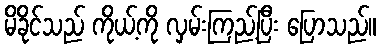
မိခိုင်သည် ကိုယ့်ကို လှမ်းကြည့်ပြီး ပြောသည်။